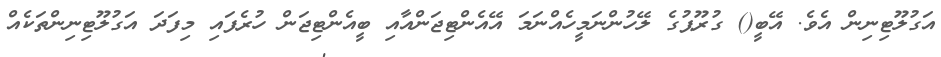
އަގުލޫޓިނިން އެވެ. އޭބީ() ގުރޫޕުގެ ލޭހުންނަމީހެއްނަމަ އޭއެންޓިޖަންއާއި ބީއެންޓިޖަން ހުރެފައި މިފަދަ އަގުލޫޓިނިންތަކެއް